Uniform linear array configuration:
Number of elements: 4
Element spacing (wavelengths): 1
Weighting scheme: hann
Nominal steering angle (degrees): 0
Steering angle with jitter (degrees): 1.188
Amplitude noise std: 0.05
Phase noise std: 0.05

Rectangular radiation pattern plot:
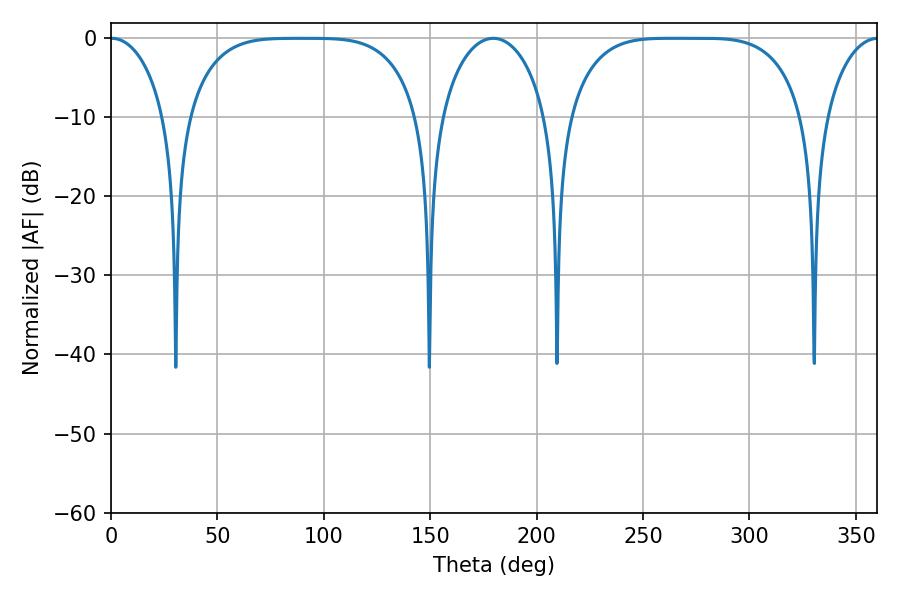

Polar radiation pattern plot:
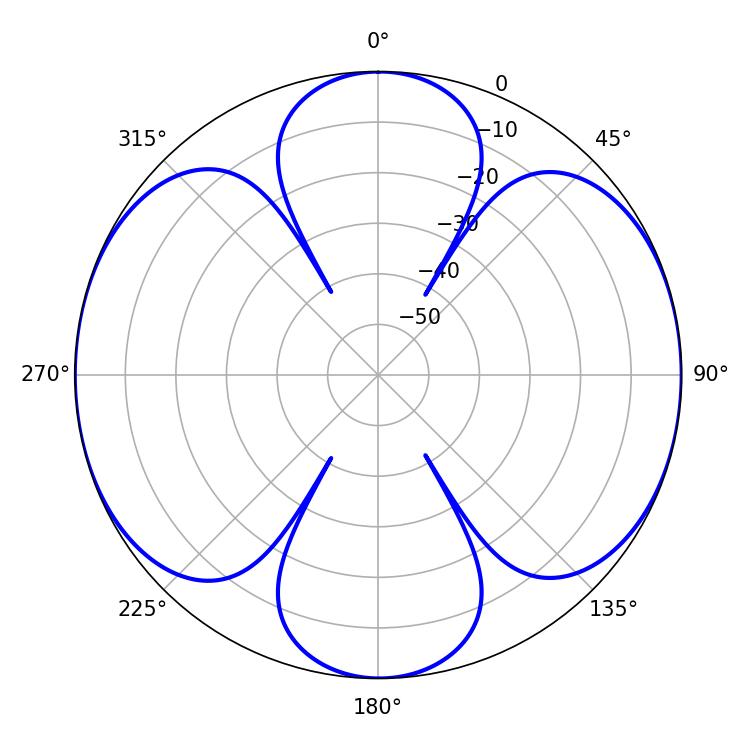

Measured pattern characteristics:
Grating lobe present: TRUE
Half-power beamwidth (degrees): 83.88
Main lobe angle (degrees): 263.52